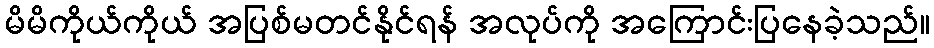
မိမိကိုယ်ကိုယ် အပြစ်မတင်နိုင်ရန် အလုပ်ကို အကြောင်းပြနေခဲ့သည်။